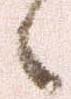
候